Indian journal of veterinary science and animal husbandry - Volume 11,
Year: 1941
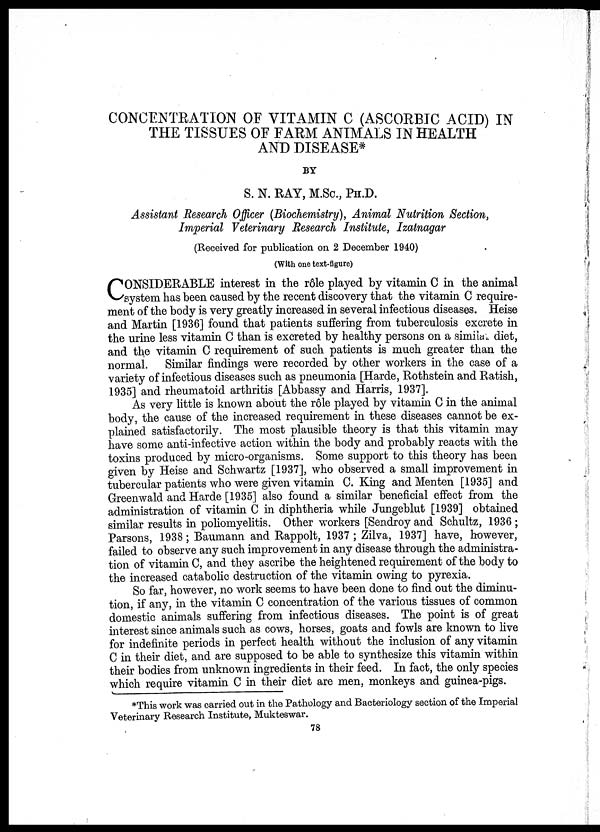
CONCENTRATION OF VITAMIN C (ASCORBIC ACID) IN
THE TISSUES OF FARM ANIMALS IN HEALTH
AND DISEASE*
BY
S. N. RAY, M. Sc. , PH. D.
Assistant Research Officer (Biochemistry), Animal Nutrition Section,
Imperial Veterinary Research Institute, Izatnagar
(Received for publication on 2 December 1940)
(With one text-figure)
C ONSIDERABLE interest in the rô1e played by vitamin C in the animal
system has been caused by the recent discovery that the vitamin C require-
ment of the body is very greatly increased in several infectious diseases. Heise
and Martin [1936] found that patients suffering from tuberculosis excrete in
the urine less vitamin C than is excreted by healthy persons on a similar diet,
and the vitamin C requirement of such patients is much greater than the
normal. Similar findings were recorded by other workers in the case of a
variety of infectious diseases such as pneumonia [Harde, Rothstein and Ratish,
1935] and rheumatoid arthritis [Abbassy and Harris, 1937].
As very little is known about the rôle played by vitamin C in the animal
body, the cause of the increased requirement in these diseases cannot be ex-
plained satisfactorily. The most plausible theory is that this vitamin may
have some anti-infective action within the body and probably reacts with the
toxins produced by micro-organisms. Some support to this theory has been
given by Heise and Schwartz [1937], who observed a small improvement in
tubercular patients who were given vitamin C. King and Menten [1935] and
Greenwald and Harde [1935] also found a similar beneficial effect from the
administration of vitamin C in diphtheria while Jungeblut [1939] obtained
similar results in poliomyelitis. Other workers [Sendroy and Schultz, 1936 ;
Parsons, 1938; Baumann and Rappolt, 1937 ; Zilva, 1937] have, however,
failed to observe any such improvement in any disease through the administra-
tion of vitamin C, and they ascribe the heightened requirement of the body to
the increased catabolic destruction of the vitamin owing to pyrexia.
So far, however, no work seems to have been done to find out the diminu-
tion, if any, in the vitamin C concentration of the various tissues of common
domestic animals suffering from infectious diseases. The point is of great
interest since animals such as cows, horses, goats and fowls are known to live
for indefinite periods in perfect health without the inclusion of any vitamin
C in their diet, and are supposed to be able to synthesize this vitamin within
their bodies from unknown ingredients in their feed. In fact, the only species
which require vitamin C in their diet are men, monkeys and guinea-pigs.
*This work was carried out in the Pathology and Bacteriology section of the Imperial
Veterinary Research Institute, Mukteswar.
78